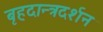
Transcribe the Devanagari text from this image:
बृहदान्त्रदर्शन